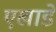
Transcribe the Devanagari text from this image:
एखाडे